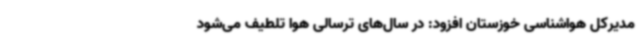
مدیرکل هواشناسی خوزستان افزود: در سال‌های ترسالی هوا تلطیف می‌شود